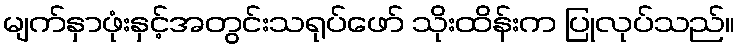
မျက်နှာဖုံးနှင့်အတွင်းသရုပ်ဖော် သိုးထိန်းက ပြုလုပ်သည်။